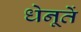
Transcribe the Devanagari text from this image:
धेनूतें